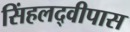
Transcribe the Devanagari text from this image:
सिंहलद्वीपास